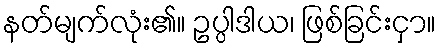
နတ်မျက်လုံး၏။ ဥပ္ပါဒါယ၊ ဖြစ်ခြင်းငှာ။